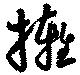
擁